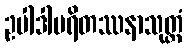
ဥပါဒါပရိတဿနာသုတ္တံ